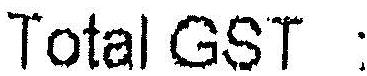
TOTAL GST :